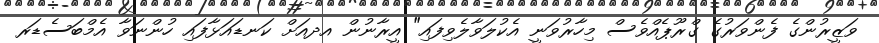
ވަޒީރުންގެ ފެންވަރުގެ ގްރޫޕެއްވެސް މިހާރުވަނީ އެކުލަވާލެވިފައި" އީރާނުން އދއަށް ކަނޑައަޅާފައި ހުންނަވާ އެމްބަސެޑަރ